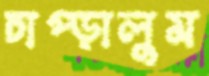
চাপ্‌ড়ালুম